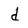
Character: d